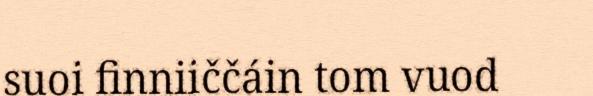
suoi finniiččáin tom vuod